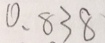
0 . 8 3 8